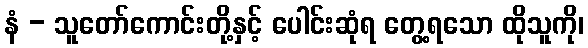
နံ - သူတော်ကောင်းတို့နှင့် ပေါင်းဆုံရ တွေ့ရသော ထိုသူကို၊